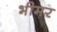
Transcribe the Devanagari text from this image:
भीमर